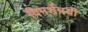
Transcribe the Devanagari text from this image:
विमर्शमयी